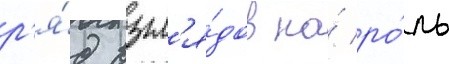
р'я́д взгл'я́дов на́ ро́ль